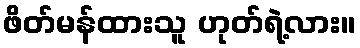
ဖိတ်မန်ထားသူ ဟုတ်ရဲ့လား။